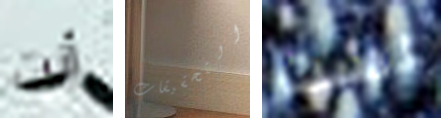
أنت التحقيقات لست